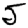
Digit: 5